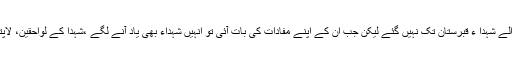
انہوں نے کہاکہ ان بے شرموں نے شہداء کا لہو چاٹا ہے، شہداء کی بات کرنے والے شہدا ء قبرستان تک نہیں گئے لیکن جب ان کے اپنے مفادات کی بات آئی تو انہیں شہداء بھی یاد آنے لگے ،شہدا کے لواحقین، لاپتہ اوراسیر کارکنان بھی یاد آنے لگے جن کا پندرہ ماہ تک ان کوکوئی خیال نہ آیا ۔